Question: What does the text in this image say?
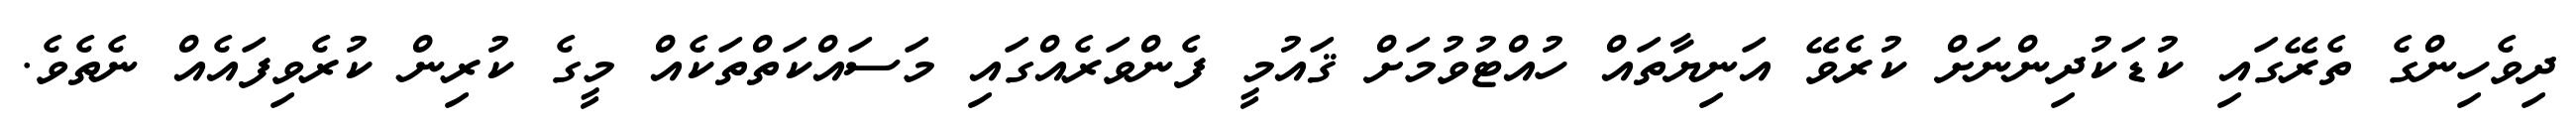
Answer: ދިވެހިންގެ ތެރޭގައި ކުޑަކުދިންނަށް ކުރެވޭ އަނިޔާތައް ހުއްޓުވުމަށް ޤައުމީ ފެންވަރެއްގައި މަސައްކަތްތަކެއް މީގެ ކުރިން ކުރެވިފައެއް ނެތެވެ.